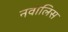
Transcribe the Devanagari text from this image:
नवालिस